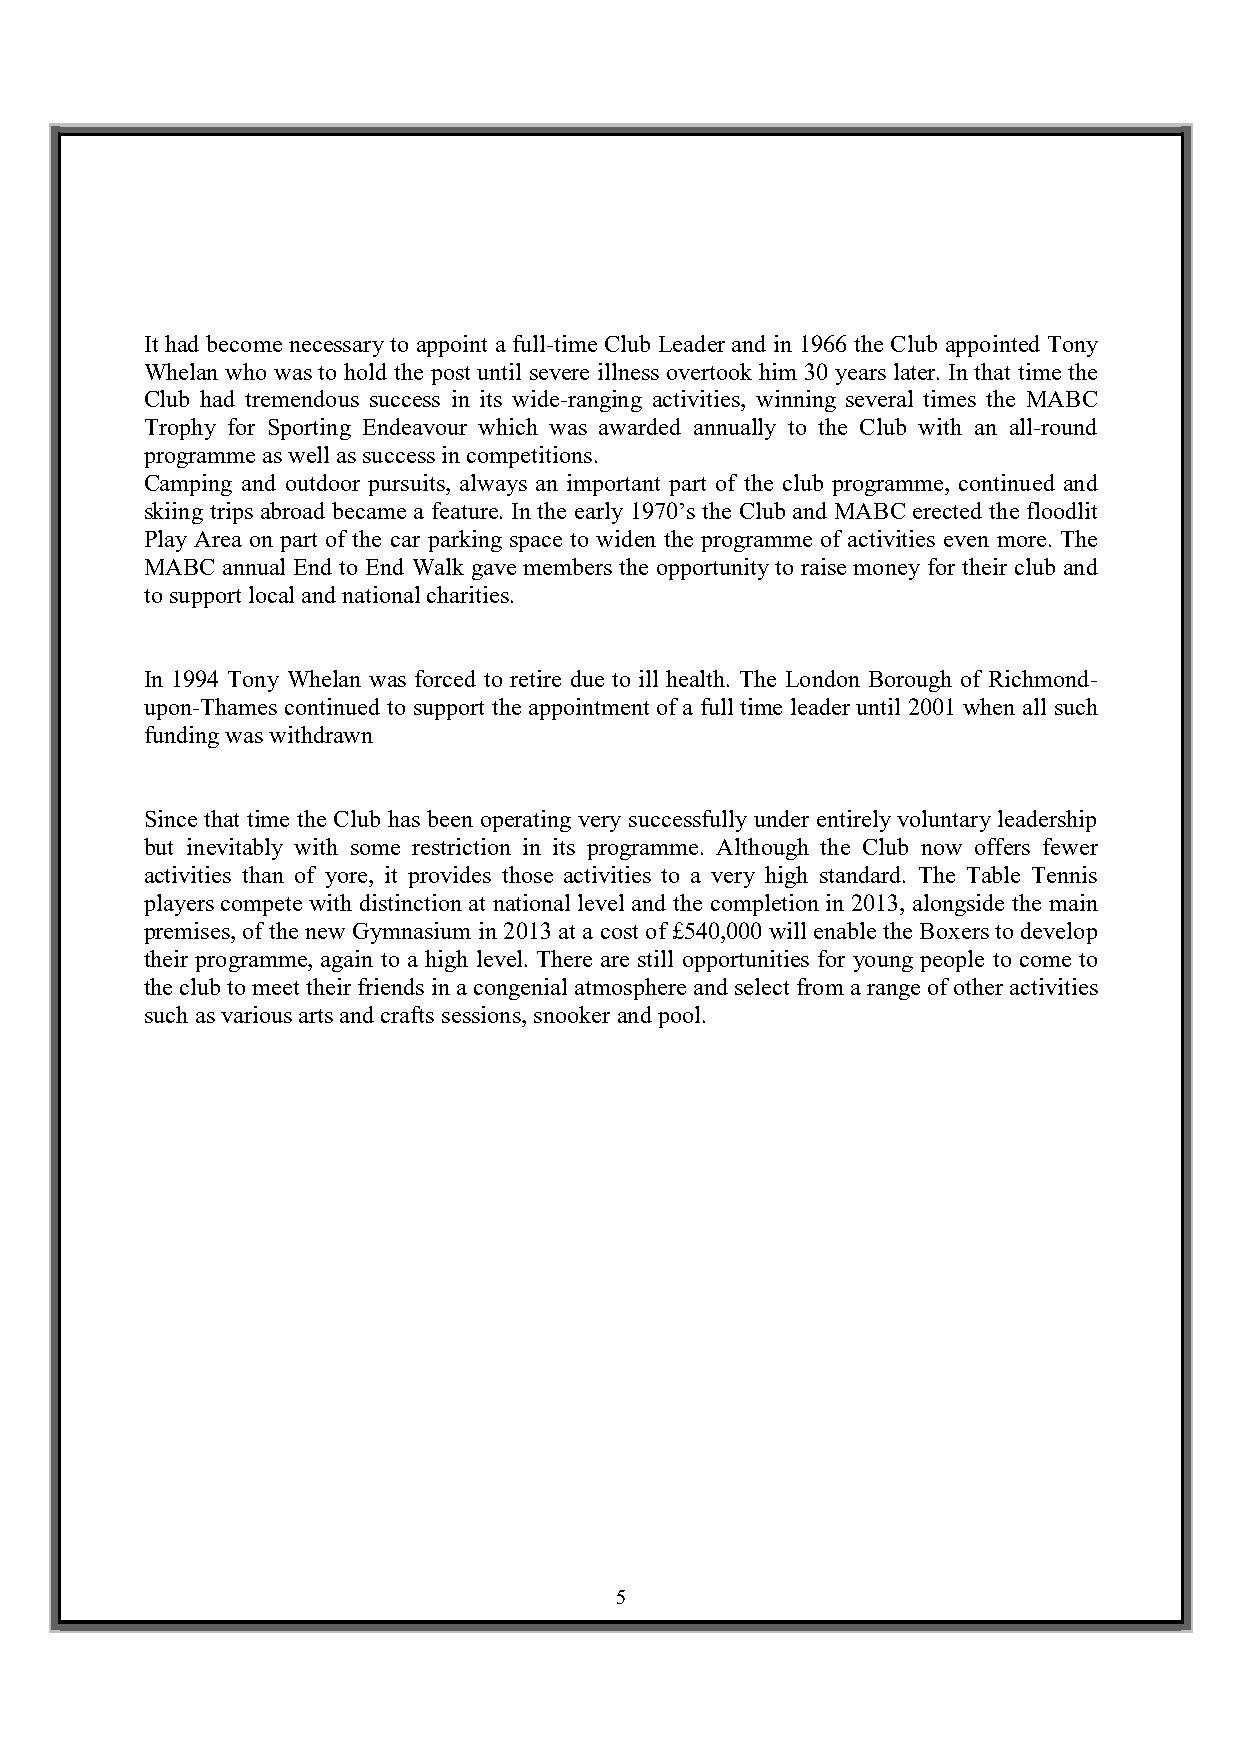
It had become necessary to appoint a full-time Club Leader and in 1966 the Club appointed Tony
 Whelan who was to hold the post until severe illness overtook him 30 years later. In that time the
 Club had tremendous success in its wide-ranging activities, winning several times the MABC
 Trophy for Sporting Endeavour which was awarded annually to the Club with an all-round
 programme as well as success in competitions.
 Camping and outdoor pursuits, always an important part of the club programme, continued and
 skiing trips abroad became a feature. In the early 1970’s the Club and MABC erected the floodlit
 Play Area on part of the car parking space to widen the programme of activities even more. The
 MABC annual End to End Walk gave members the opportunity to raise money for their club and
 to support local and national charities.
 In 1994 Tony Whelan was forced to retire due to ill health. The London Borough of Richmond-
 upon-Thames continued to support the appointment of a full time leader until 2001 when all such
 funding was withdrawn
 Since that time the Club has been operating very successfully under entirely voluntary leadership
 but inevitably with some restriction in its programme. Although the Club now offers fewer
 activities than of yore, it provides those activities to a very high standard. The Table Tennis
 players compete with distinction at national level and the completion in 2013, alongside the main
 premises, of the new Gymnasium in 2013 at a cost of £540,000 will enable the Boxers to develop
 their programme, again to a high level. There are still opportunities for young people to come to
 the club to meet their friends in a congenial atmosphere and select from a range of other activities
 such as various arts and crafts sessions, snooker and pool.
 5